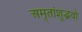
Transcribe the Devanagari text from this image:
अमृतांशूद्भवो